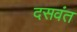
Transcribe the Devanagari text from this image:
दसवंत